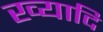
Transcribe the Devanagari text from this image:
ख्यादि